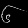
Digit: ၆